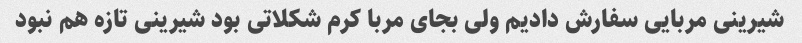
شیرینی مربایی سفارش دادیم ولی بجای مربا کرم شکلاتی بود شیرینی تازه هم نبود